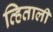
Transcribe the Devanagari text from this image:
व्हिताली